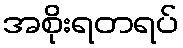
အစိုးရတရပ်